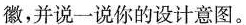
徽，并说一说你的设计意图。